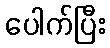
ပေါက်ပြီး